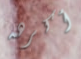
أكرهه